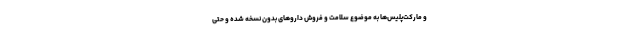
و مارکت‌پلیس‌ها به موضوع سلامت و فروش داروهای بدون نسخه شده و حتی